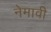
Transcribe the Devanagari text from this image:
नेमावी